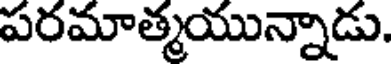
పరమాత్మయున్నాడు.